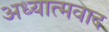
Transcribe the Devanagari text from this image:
अध्‍यात्‍मवाद